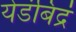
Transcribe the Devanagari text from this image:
येडंबिद्रं